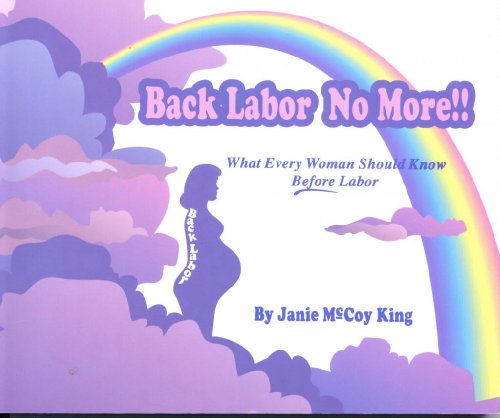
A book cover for Back Labor No More!!: What Every Woman Should Know Before Labor; Janie McCoy King; Health, Fitness & Dieting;